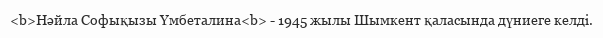
<b>Нәйла Софықызы Үмбеталина<b> - 1945 жылы Шымкент қаласында дүниеге келді.